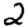
Digit: 2